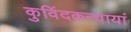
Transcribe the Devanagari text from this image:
कुविंदकन्यायां